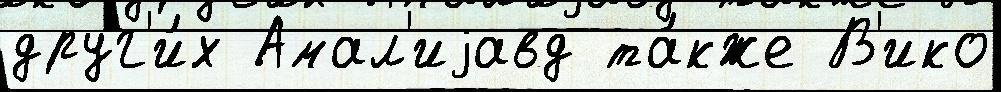
друг'и́х Амал'иjавд та́кже В'ико